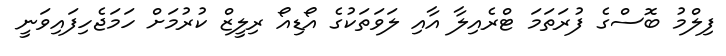
ފިލްމު ބޮސްގެ ފުރަތަމަ ޓްރެއިލާ އާއި ލަވަތަކުގެ އޯޑިއޯ ރިލީޒް ކުރުމަށް ހަމަޖެހިފައިވަނީ